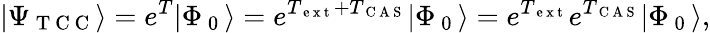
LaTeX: |\Psi_{\mathrm{~T~C~C~}}\rangle=e^{T}|\Phi_{\mathrm{~0~}}\rangle=e^{T_{\mathrm{~e~x~t~}}+T_{\mathrm{~C~A~S~}}}|\Phi_{\mathrm{~0~}}\rangle=e^{T_{\mathrm{~e~x~t~}}}e^{T_{\mathrm{~C~A~S~}}}|\Phi_{\mathrm{~0~}}\rangle,